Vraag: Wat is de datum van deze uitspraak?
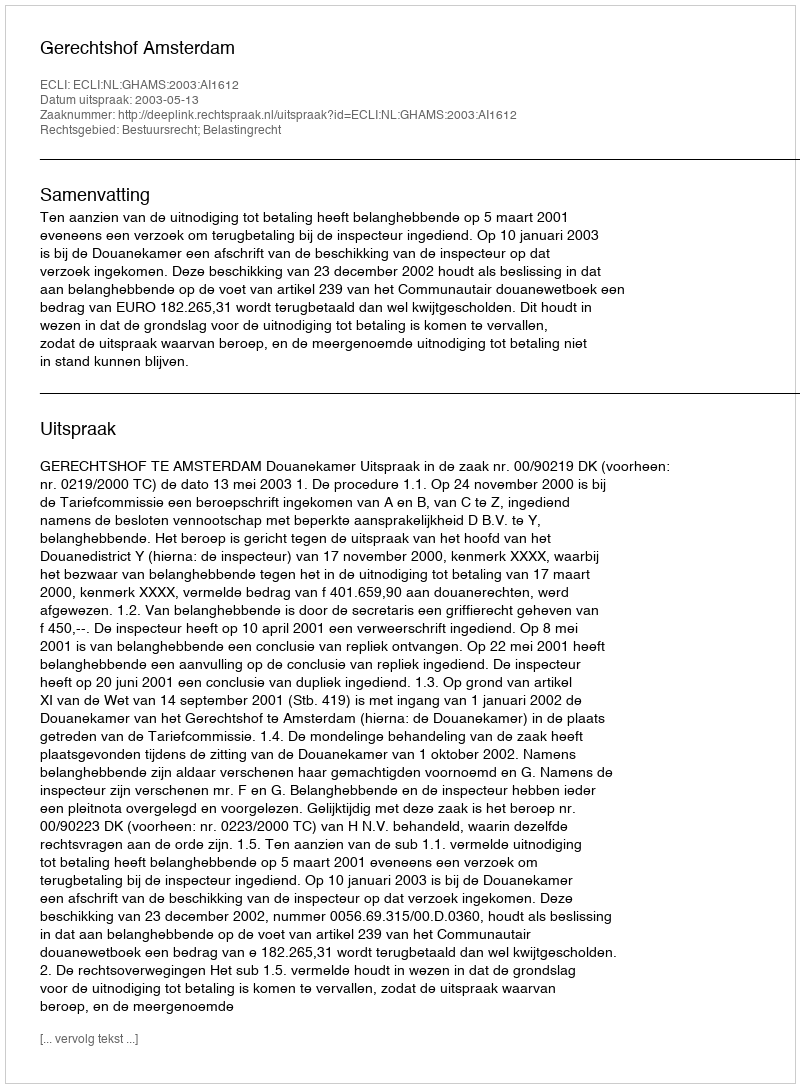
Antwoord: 2003-05-13